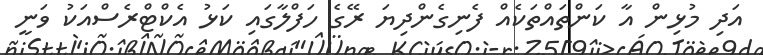
އަދި މުޅިން އާ ކަންތައްތަކެއް ފެނިގެންދިޔަ ރޭގެ ހަފްލާގައި ކަޅު އެކްޓްރެސްއަކު ވަނީ